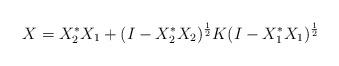
LaTeX: \begin{align*}X=X_2^*X_1+(I-X_2^*X_2)^{\frac{1}{2}}K (I-X_1^*X_1)^{\frac{1}{2}}\end{align*}